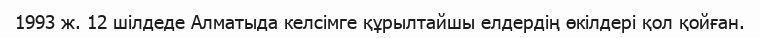
1993 ж. 12 шілдеде Алматыда келсімге құрылтайшы елдердің өкілдері қол қойған.